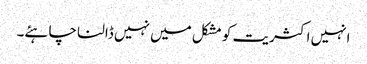
انہیں اکثریت کو مشکل میں نہیں ڈالنا چاہئے۔